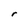
Character: r